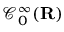
{ \mathcal { C } } _ { 0 } ^ { \infty } ( \mathbf { R } )